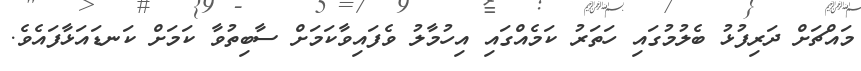
މައްޗަށް ދަރިފުޅު ބެލުމުގައި ހަތަރު ކަމެއްގައި އިހުމާލު ވެފައިވާކަމަށް ސާބިތުވާ ކަމަށް ކަނޑައަޅާފައެވެ.